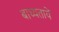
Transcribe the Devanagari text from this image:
बाध्यतायें